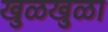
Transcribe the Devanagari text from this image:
खुळखुळा